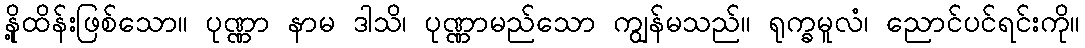
နို့ထိန်းဖြစ်သော။ ပုဏ္ဏာ နာမ ဒါသိ၊ ပုဏ္ဏာမည်သော ကျွန်မသည်။ ရုက္ခမူလံ၊ ညောင်ပင်ရင်းကို။